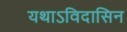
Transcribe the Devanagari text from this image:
यथाऽविदासिन